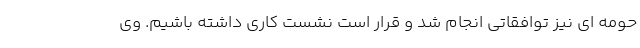
حومه ای نیز توافقاتی انجام شد و قرار است نشست کاری داشته باشیم. وی